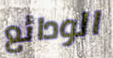
الودائع